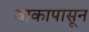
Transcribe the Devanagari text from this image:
वाकापासून